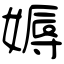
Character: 媷